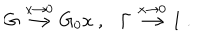
G \stackrel { x \rightarrow 0 } { \longrightarrow } G _ { 0 } x \ , \ \ \ \Gamma \stackrel { x \rightarrow 0 } { \longrightarrow } 1 \ .